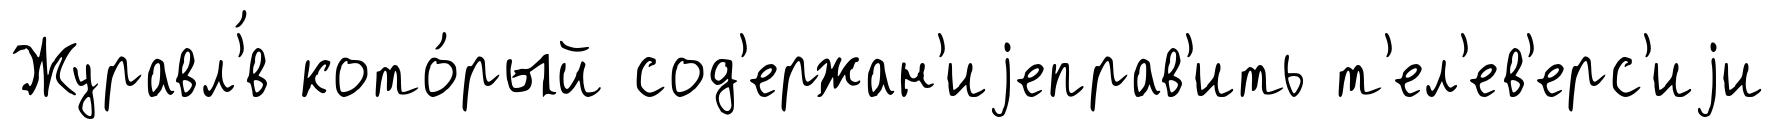
Журавл'́в кото́рый сод'ержан'иjеправ'ить т'ел'ев'ерс'иjи